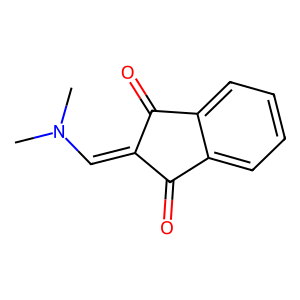
SMILES: CN(C)C=C1C(=O)c2ccccc2C1=O
Inhibits HIV replication: No